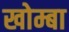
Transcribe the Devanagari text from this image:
खोम्बा